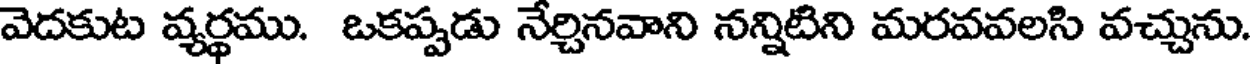
వెదకుట వ్యర్థము. ఒకప్పడు నేర్చినవాని నన్నిటిని మరవవలసి వచ్చును.